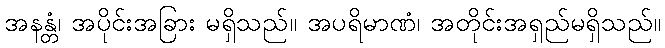
အနန္တံ၊ အပိုင်းအခြား မရှိသည်။ အပရိမာဏံ၊ အတိုင်းအရှည်မရှိသည်။